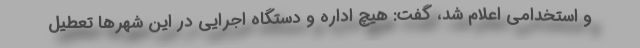
و استخدامی اعلام شد، گفت: هیچ اداره و دستگاه اجرایی در این شهرها تعطیل